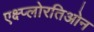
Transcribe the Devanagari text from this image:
एक्ष्प्लोरतिओन